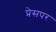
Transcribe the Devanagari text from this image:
प्रेसपर